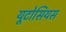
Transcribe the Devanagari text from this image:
यूटोसियस